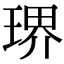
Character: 琾